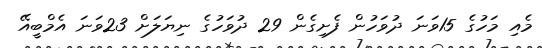
މެއި މަހުގެ 15ވަނަ ދުވަހުން ފެށިގެން 29 ދުވަހުގެ ނިޔަލަށް 23ވަނަ އެމްބީއޭ